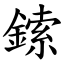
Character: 鎍